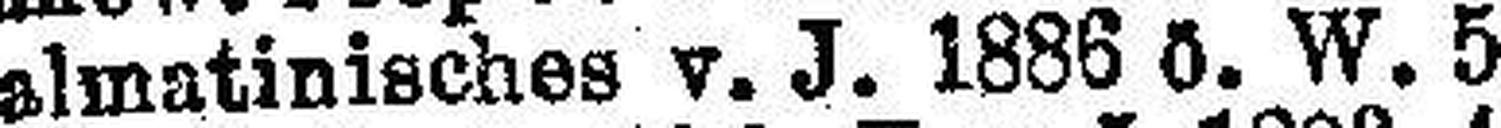
Dalmatinisches v. J. 1886 ö. W. 5